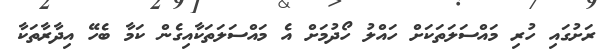
ރަށުގައި ހުރި މައްސަލަތަކަށް ހައްލު ހޯދުމަށް އެ މައްސަލަތަކާއިގެން ކަމާ ބެހޭ އިދާރާތަކާ